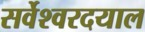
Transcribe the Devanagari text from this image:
सर्वेश्वरदयाल